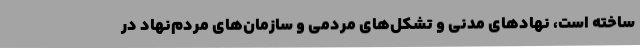
ساخته است، نهادهای مدنی و تشکل‌های مردمی و سازمان‌های مردم‌نهاد در